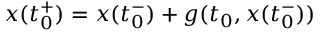
x ( t _ { 0 } ^ { + } ) = x ( t _ { 0 } ^ { - } ) + g ( t _ { 0 } , x ( t _ { 0 } ^ { - } ) )